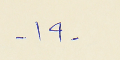
- ١٩ -